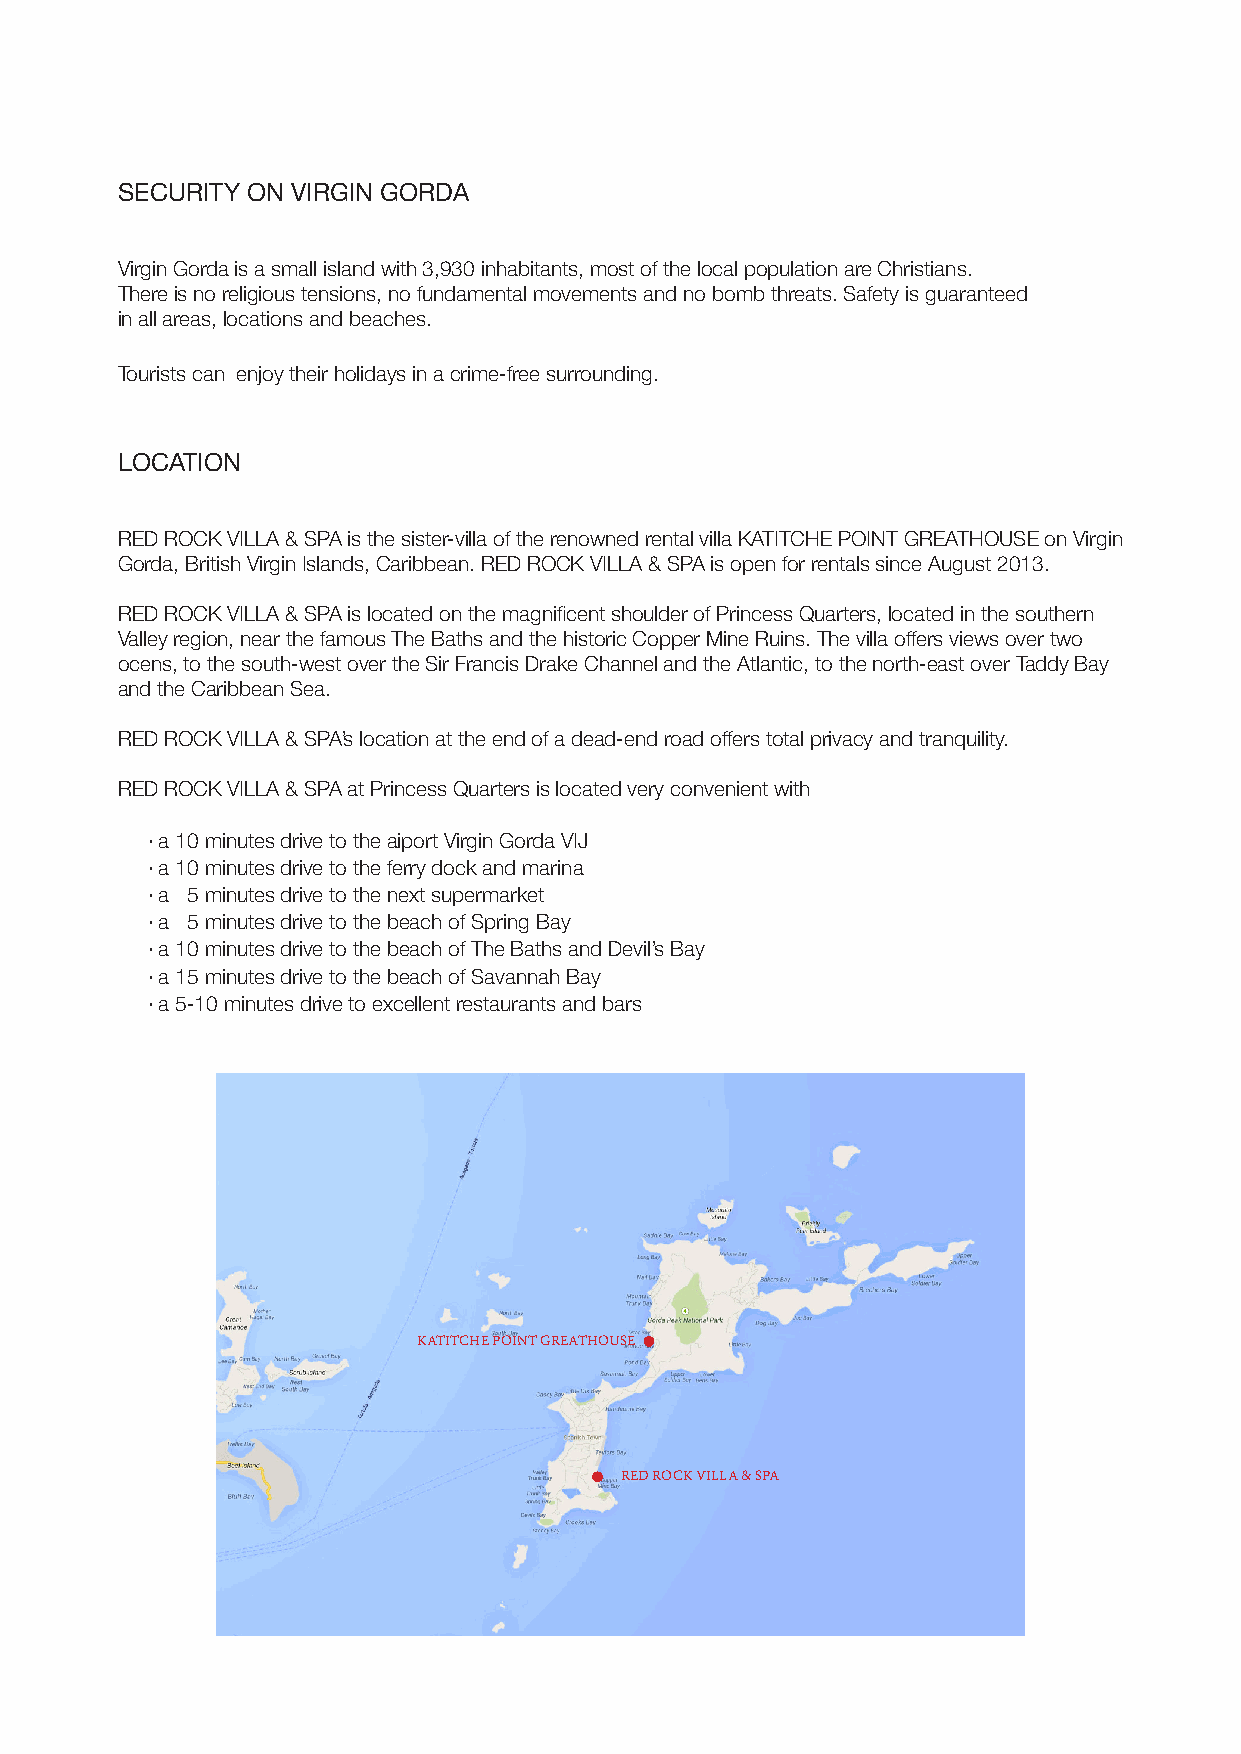
SECURITY ON VIRGIN GORDA
 Virgin Gorda is a small island with 3,930 inhabitants, most of the local population are Christians.
 There is no religious tensions, no fundamental movements and no bomb threats. Safety is guaranteed
 in all areas, locations and beaches.
 Tourists can enjoy their holidays in a crime-free surrounding.
 LOCATION
 RED ROCK VILLA & SPA is the sister-villa of the renowned rental villa KATITCHE POINT GREATHOUSE on Virgin
 Gorda, British Virgin Islands, Caribbean. RED ROCK VILLA & SPA is open for rentals since August 2013.
 RED ROCK VILLA & SPA is located on the magnificent shoulder of Princess Quarters, located in the southern
 Valley region, near the famous The Baths and the historic Copper Mine Ruins. The villa offers views over two
 ocens, to the south-west over the Sir Francis Drake Channel and the Atlantic, to the north-east over Taddy Bay
 and the Caribbean Sea.
 RED ROCK VILLA & SPA’s location at the end of a dead-end road offers total privacy and tranquility.
 RED ROCK VILLA & SPA at Princess Quarters is located very convenient with
 · a 10 minutes drive to the aiport Virgin Gorda VIJ
 · a 10 minutes drive to the ferry dock and marina
 · a 5 minutes drive to the next supermarket
 · a 5 minutes drive to the beach of Spring Bay
 · a 10 minutes drive to the beach of The Baths and Devil’s Bay
 · a 15 minutes drive to the beach of Savannah Bay
 · a 5-10 minutes drive to excellent restaurants and bars
 KATITCHE POINT GREATHOUSE
 RED ROCK VILLA & SPA